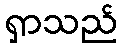
ရှာသည်